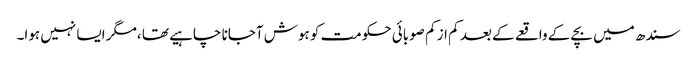
سندھ میں بچے کے واقعے کے بعد کم از کم صوبائی حکومت کو ہوش آجانا چاہیے تھا ،مگر ایسا نہیں ہوا۔